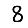
Digit: 8